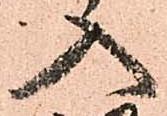
入